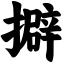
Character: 擗